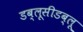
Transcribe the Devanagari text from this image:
डब्लूसीडब्लू